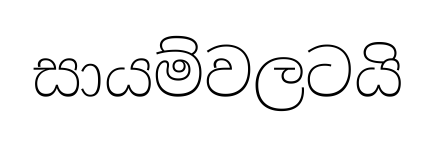
සායම්වලටයි